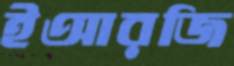
ইআরজি